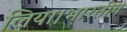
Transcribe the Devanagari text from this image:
लिया।भारतीय